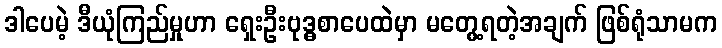
ဒါပေမဲ့ ဒီယုံကြည်မှုဟာ ရှေးဦးဗုဒ္ဓစာပေထဲမှာ မတွေ့ရတဲ့အချက် ဖြစ်ရုံသာမက